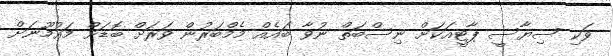
ވަކި ސިޔާސީ ޕާޓީއަކަށް ނިސްބަތް ނުވާ ބައެއް މެމްބަރުން ވަރަށް ބޮޑަށް މައުމޫނަށް